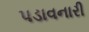
પડાવનારી